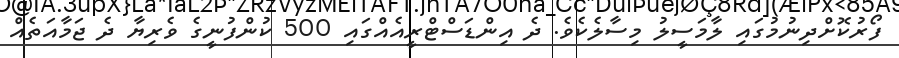
ފޯރުކޮށްދިނުމުގައި ލާމަސީލު މިސާލެކެވެ. ދެ އިންޑަސްޓްރީއެއްގައި 500 ކުންފުނީގެ ވެރިޔާ ދެ ޖަމާއަތެއް